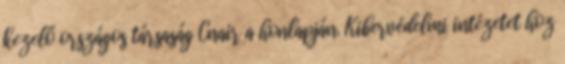
kezelő országos társaság Cnair a honlapján. Kibervédelmi intézetet hoz